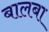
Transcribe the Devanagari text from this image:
बालबा